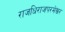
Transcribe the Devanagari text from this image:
राजधिराजपरमेश्वर